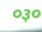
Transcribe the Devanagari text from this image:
०३०